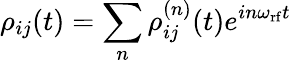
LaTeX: \rho_{ij}(t)=\sum_{n}\rho_{ij}^{(n)}(t)e^{in\omega_{\mathrm{rf}}t}